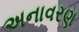
અનાવરણ